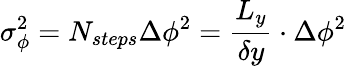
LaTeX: \sigma_{\phi}^{2}=N_{steps}\Delta\phi^{2}=\frac{L_{y}}{\delta y}\cdot\Delta\phi^{2}